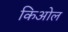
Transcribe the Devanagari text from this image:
किओल